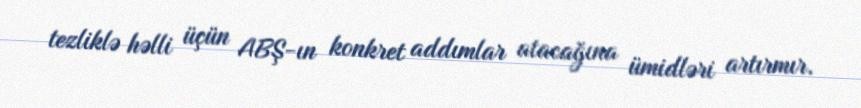
tezliklə həlli üçün ABŞ-ın konkret addımlar atacağına ümidləri artırmır.